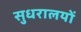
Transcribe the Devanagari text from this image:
सुधरालयों